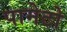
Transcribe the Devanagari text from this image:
पामेटो